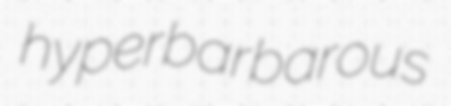
hyperbarbarous